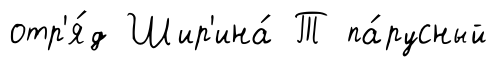
отр'я́д Шир'ина́ Т па́русный